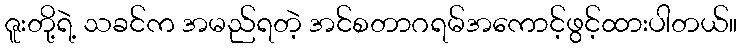
ဇူးတို့ရဲ့ သခင်က အမည်ရတဲ့ အင်စတာဂရမ်အကောင့်ဖွင့်ထားပါတယ်။